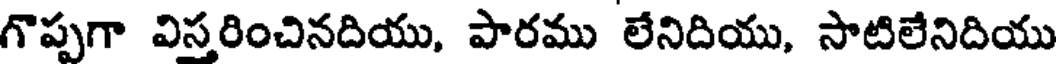
గొప్పగా విస్తరించినదియు, పారము లేనిదియు, సాటిలేనిదియు